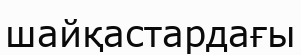
шайқастардағы